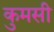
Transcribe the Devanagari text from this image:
कुमसी